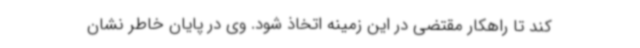
کند تا راهکار مقتضی در این زمینه اتخاذ شود. وی در پایان خاطر نشان